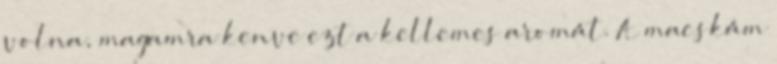
volna, magamra kenve ezt a kellemes aromát. A macskám